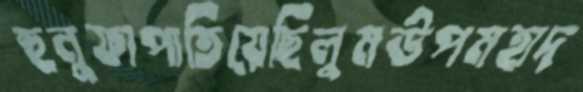
হুনুফাপাতিয়েছিলুমউপমহাদ